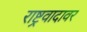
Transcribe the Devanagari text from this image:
राष्ट्रवादावर